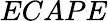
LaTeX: ECAPE